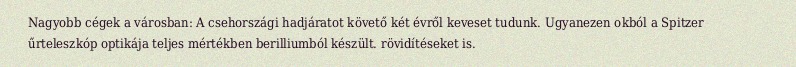
Nagyobb cégek a városban: A csehországi hadjáratot követő két évről keveset tudunk. Ugyanezen okból a Spitzer űrteleszkóp optikája teljes mértékben berilliumból készült. rövidítéseket is.